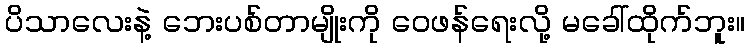
ပိသာလေးနဲ့ ဘေးပစ်တာမျိုးကို ဝေဖန်ရေးလို့ မခေါ်ထိုက်ဘူး။